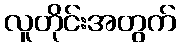
လူတိုင်းအတွက်